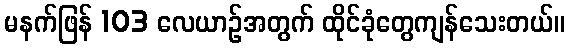
မနက်ဖြန် 103 လေယာဉ်အတွက် ထိုင်ခုံတွေကျန်သေးတယ်။